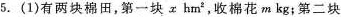
5.(1)有两块棉田，第一块xhm^{2}，收棉花m kg；第二块